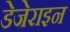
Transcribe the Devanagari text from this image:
डेजेराइन